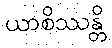
ယာစိဿန္တိ